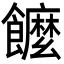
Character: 𩟠